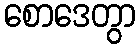
စောဒေတွာ